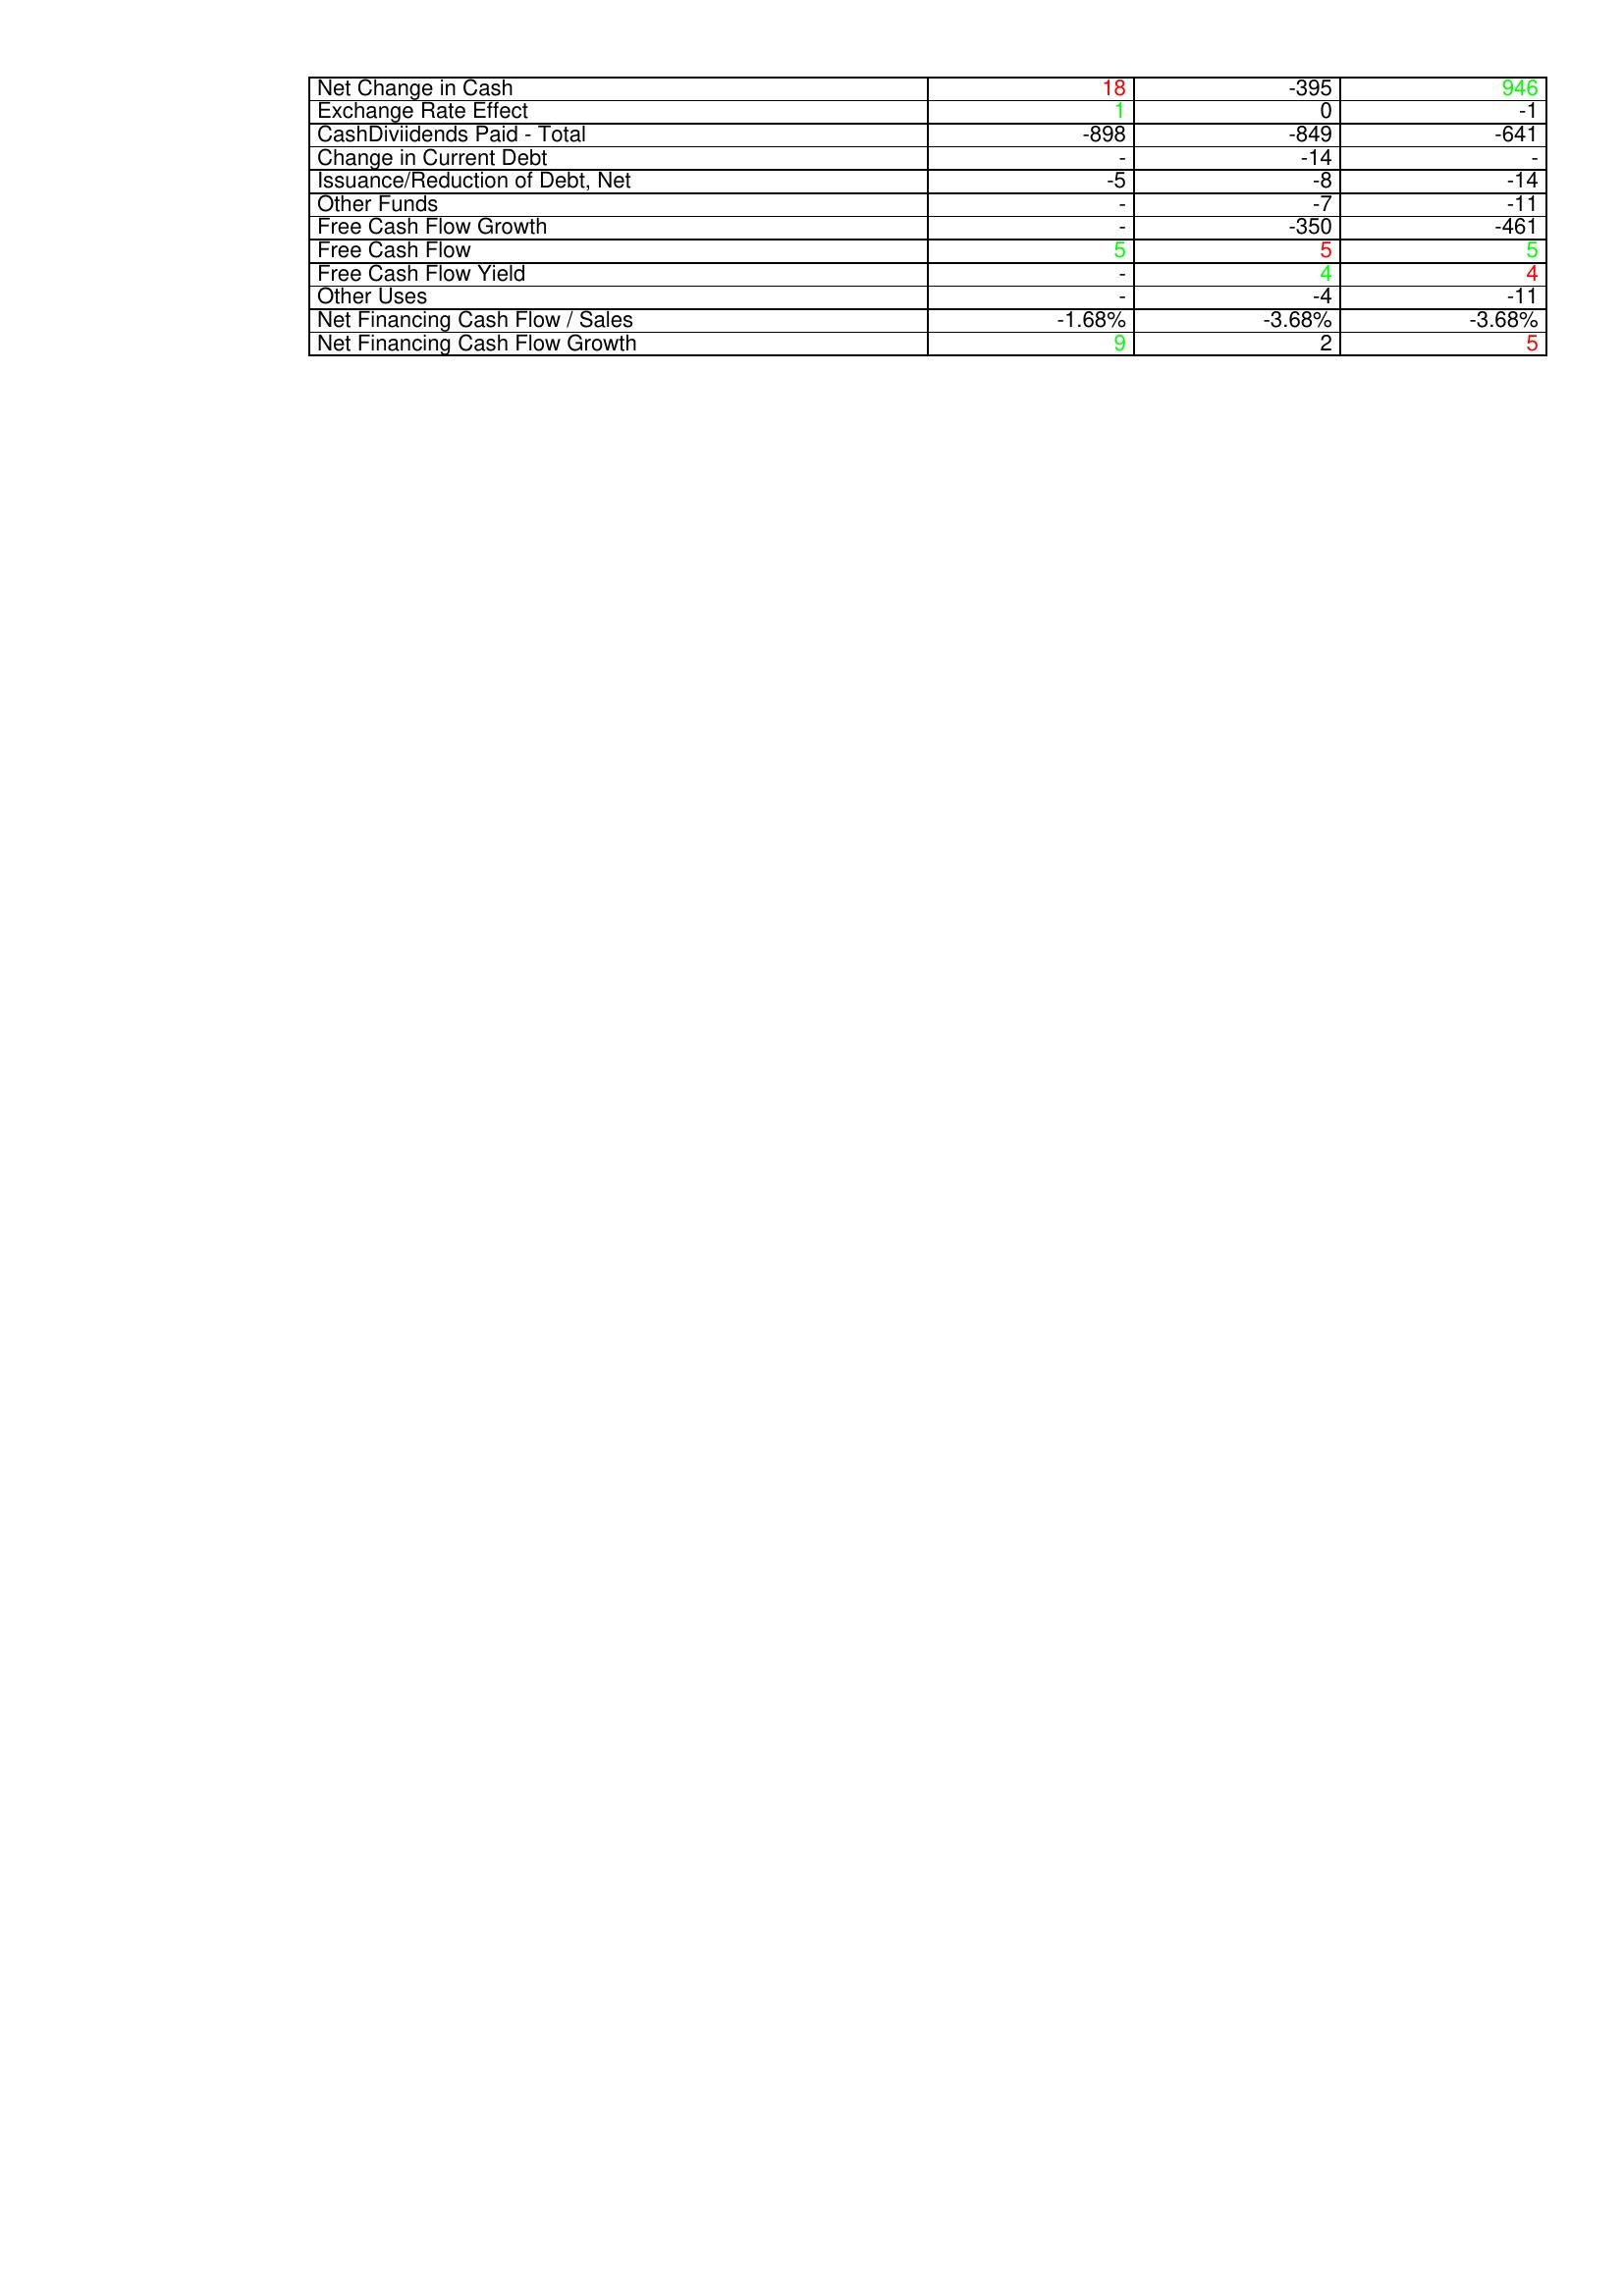
gt_parse: 2022: Financing Activities: Net Change in Cash: 18
Exchange Rate Effect: 1
CashDiviidends Paid - Total: -898
Change in Current Debt: -
Issuance/Reduction of Debt, Net: -5
Other Funds: -
Free Cash Flow Growth: -
Free Cash Flow: 5
Free Cash Flow Yield: -
Other Uses: -
Net Financing Cash Flow / Sales: -1.68%
Net Financing Cash Flow Growth: 9
2023: Financing Activities: Net Change in Cash: -395
Exchange Rate Effect: 0
CashDiviidends Paid - Total: -849
Change in Current Debt: -14
Issuance/Reduction of Debt, Net: -8
Other Funds: -7
Free Cash Flow Growth: -350
Free Cash Flow: 5
Free Cash Flow Yield: 4
Other Uses: -4
Net Financing Cash Flow / Sales: -3.68%
Net Financing Cash Flow Growth: 2
2024: Financing Activities: Net Change in Cash: 946
Exchange Rate Effect: -1
CashDiviidends Paid - Total: -641
Change in Current Debt: -
Issuance/Reduction of Debt, Net: -14
Other Funds: -11
Free Cash Flow Growth: -461
Free Cash Flow: 5
Free Cash Flow Yield: 4
Other Uses: -11
Net Financing Cash Flow / Sales: -3.68%
Net Financing Cash Flow Growth: 5